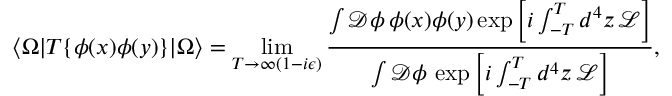
\langle \Omega | T \{ \phi ( x ) \phi ( y ) \} | \Omega \rangle = \operatorname* { l i m } _ { T \to \infty ( 1 - i \epsilon ) } { \frac { \int { \mathcal { D } } \phi \, \phi ( x ) \phi ( y ) \exp \left[ i \int _ { - T } ^ { T } d ^ { 4 } z \, { \mathcal { L } } \right] } { \int { \mathcal { D } } \phi \, \exp \left[ i \int _ { - T } ^ { T } d ^ { 4 } z \, { \mathcal { L } } \right] } } ,